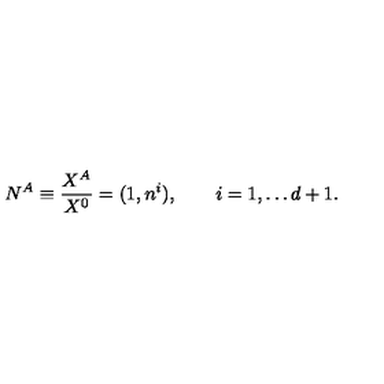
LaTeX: N ^ { A } \equiv { \frac { X ^ { A } } { X ^ { 0 } } } = ( 1 , n ^ { i } ) , \qquad i = 1 , \dots d + 1 .